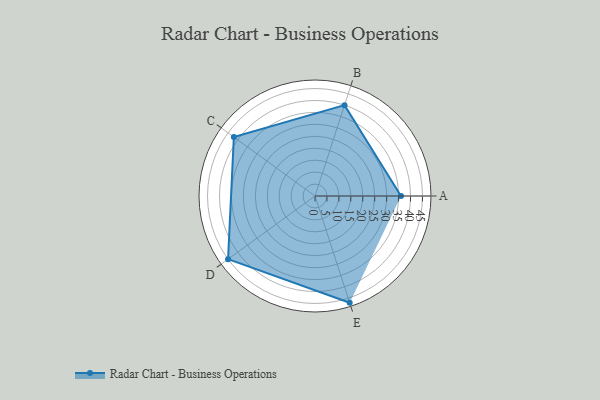
{"axis": {"x": "Skill", "y": "Score"}, "legend": ["Profile"], "data": [{"x": "A", "y": 36.0, "type": "Profile"}, {"x": "B", "y": 40.0, "type": "Profile"}, {"x": "C", "y": 42.0, "type": "Profile"}, {"x": "D", "y": 45.0, "type": "Profile"}, {"x": "E", "y": 47.0, "type": "Profile"}]}